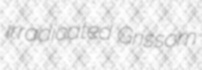
irradicated Grissom